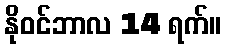
နိုဝင်ဘာလ 14 ရက်။